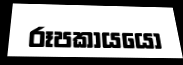
රූපකායයෝ